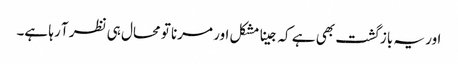
اور یہ باز گشت بھی ہے کہ جینا مشکل اور مرنا تو محال ہی نظر آ رہا ہے۔